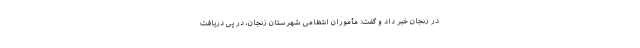
در زنجان خبر داد و گفت: مأموران انتظامی شهرستان زنجان، در پی دریافت